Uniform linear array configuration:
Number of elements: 8
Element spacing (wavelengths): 0.5
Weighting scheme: cosine
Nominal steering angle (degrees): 0
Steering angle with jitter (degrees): -0.7751
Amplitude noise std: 0.05
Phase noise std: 0.05

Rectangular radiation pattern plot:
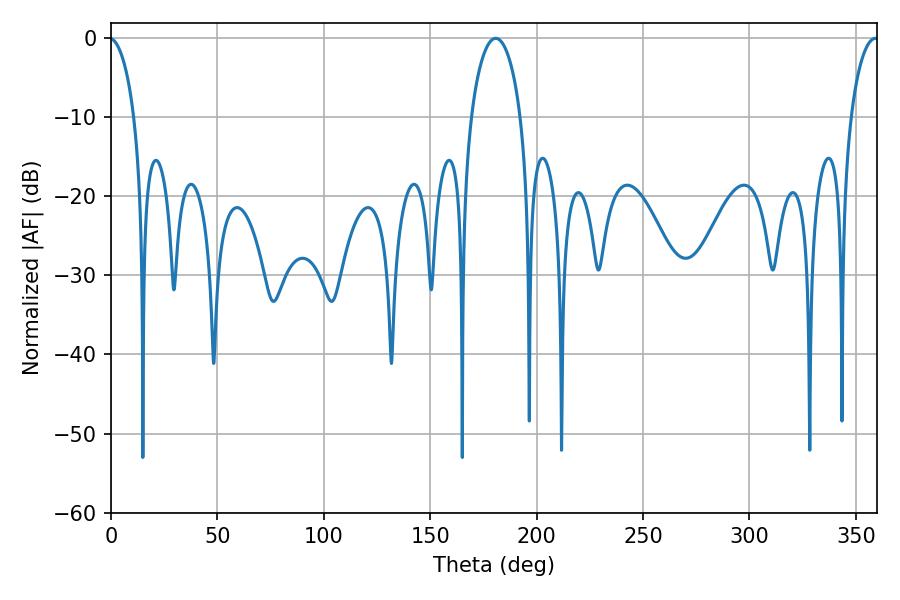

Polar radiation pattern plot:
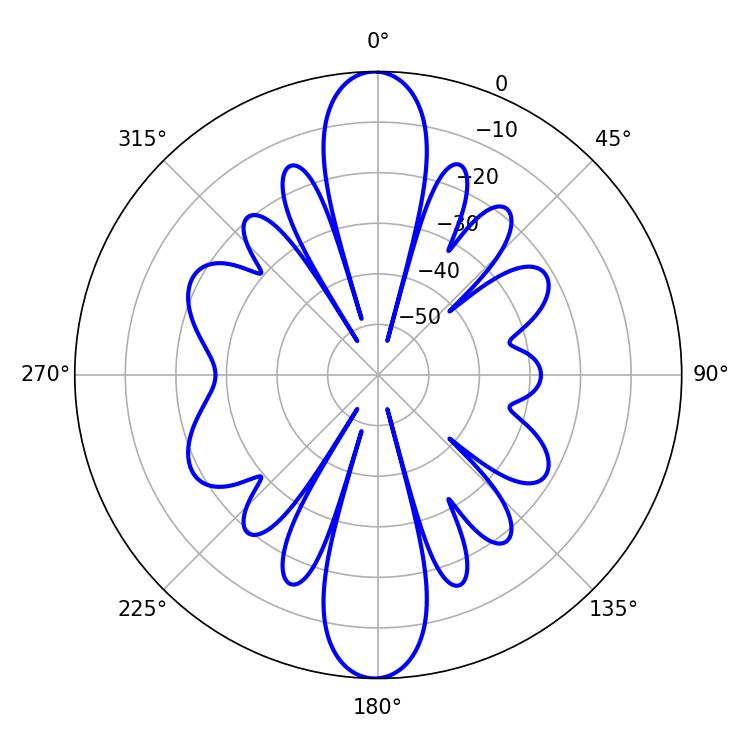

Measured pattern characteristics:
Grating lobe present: FALSE
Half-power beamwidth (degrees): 13.32
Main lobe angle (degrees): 180.72